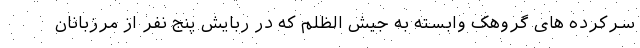
سرکرده های گروهک وابسته به جیش الظلم که در ربایش پنج نفر از مرزبانان